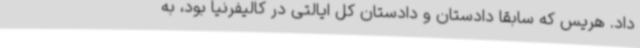
داد. هریس که سابقا دادستان و دادستان کل ایالتی در کالیفرنیا بود، به